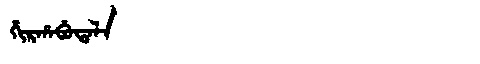
Manchu: ᡥᡳᡵᡥᠠᠪᡠᡨᠠᠯᠠ
Romanization: HIRHABUTALA